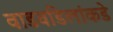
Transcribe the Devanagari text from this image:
वाडवडिलांकडे